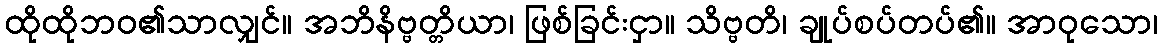
ထိုထိုဘဝ၏သာလျှင်။ အဘိနိဗ္ဗတ္တိယာ၊ ဖြစ်ခြင်းငှာ။ သိဗ္ဗတိ၊ ချုပ်စပ်တပ်၏။ အာဝုသော၊